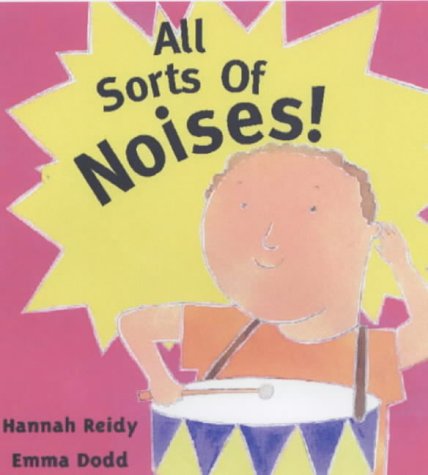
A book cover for All Sorts of Noises (All Sorts); Hannah Reidy; Children's Books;